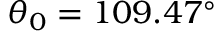
\theta _ { 0 } = 1 0 9 . 4 7 ^ { \circ }